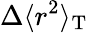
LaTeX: \Delta\langle r^{2}\rangle_{\mathrm{T}}